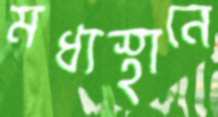
মধ্যস্থানে